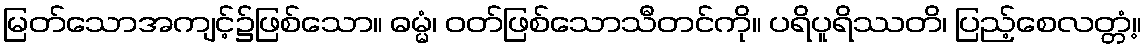
မြတ်သောအကျင့်၌ဖြစ်သော။ ဓမ္မံ၊ ဝတ်ဖြစ်သောသီတင်ကို။ ပရိပူရိဿတိ၊ ပြည့်စေလတ္တံ့။